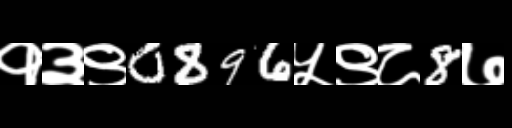
Text: १३९0896५९८8७